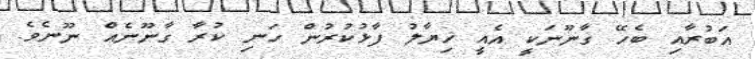
އަބުރާއި ބެހޭ ގާނޫނަކީ އެއީ ޚިޔާލު ފާޅުކުރުން ހަނި ކުރާ ގާނޫނެއް ނޫނެވެ.